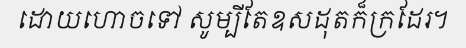
ដោយហោចទៅ សូម្បីតែឧសដុតក៏ក្រដែរ។